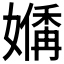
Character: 𪦣